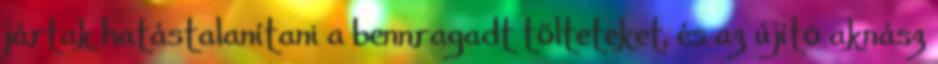
jártak hatástalanítani a bennragadt tölteteket, és az újító aknász